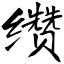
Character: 缵